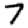
Digit: 7